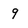
Character: 9